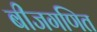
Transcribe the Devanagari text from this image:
बीजगणित